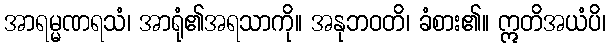
အာရမ္မဏရသံ၊ အာရုံ၏အရသာကို။ အနုဘဝတိ၊ ခံစား၏။ ဣတိအယံပိ၊